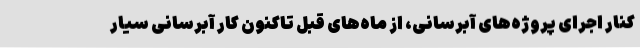
کنار اجرای پروژه‌های آبرسانی، از ماه‌های قبل تاکنون کار آبرسانی سیار